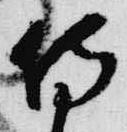
侍